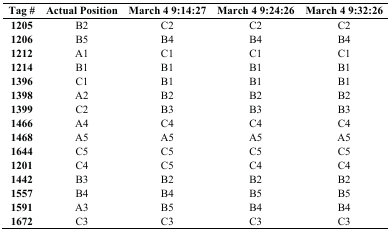
| Tag # | Actual Position | March 4 9:14:27 | March 4 9:24:26 | March 4 9:32:26 |
 | --- | --- | --- | --- | --- |
 | 1205 | B2 | C2 | C2 | C2 |
 | 1206 | B5 | B4 | B4 | B4 |
 | 1212 | A1 | C1 | C1 | C1 |
 | 1214 | B1 | B1 | B1 | B1 |
 | 1396 | C1 | B1 | B1 | B1 |
 | 1398 | A2 | B2 | B2 | B2 |
 | 1399 | C2 | B3 | B3 | B3 |
 | 1466 | A4 | C4 | C4 | C4 |
 | 1468 | A5 | A5 | A5 | A5 |
 | 1644 | C5 | C5 | C5 | C5 |
 | 1201 | C4 | C5 | C4 | C4 |
 | 1442 | B3 | B2 | B2 | B2 |
 | 1557 | B4 | B4 | B5 | B5 |
 | 1591 | A3 | B5 | B4 | B4 |
 | 1672 | C3 | C3 | C3 | C3 |